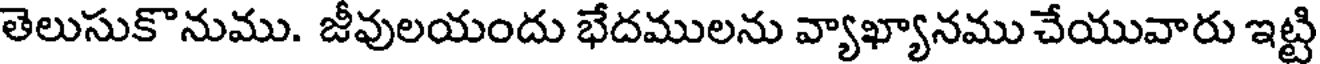
తెలుసుకొనుము. జీవులయందు భేదములను వ్యాఖ్యానము చేయువారు ఇట్టి